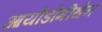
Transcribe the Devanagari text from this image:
आयोडोमीथेन